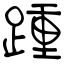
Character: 踵